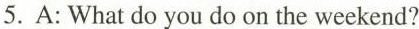
5.A: What do you do on the weekend?